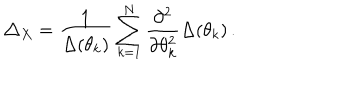
LaTeX: \triangle _ { X } = \frac { 1 } { \Delta ( \theta _ { k } ) } \sum _ { k = 1 } ^ { N } \frac { \partial ^ { 2 } } { \partial \theta _ { k } ^ { 2 } } \Delta ( \theta _ { k } ) \, .